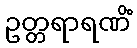
ဥတ္တရာရဏိံ